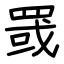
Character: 罭